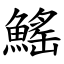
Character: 鰩